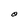
Character: O